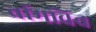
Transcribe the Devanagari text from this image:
ब्रॉमविच